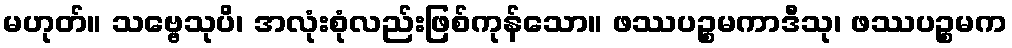
မဟုတ်။ သဗ္ဗေသုပိ၊ အလုံးစုံလည်းဖြစ်ကုန်သော။ ဖဿပဉ္စမကာဒီသု၊ ဖဿပဉ္စမက